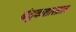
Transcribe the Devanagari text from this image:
बंदुकशास्त्रात